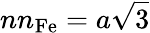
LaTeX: nn_{\mathrm{Fe}}={a}\sqrt{3}